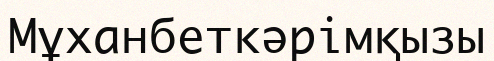
Мұханбеткәрімқызы